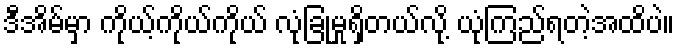
ဒီအိမ်မှာ ကိုယ့်ကိုယ်ကိုယ် လုံခြုံမှုရှိတယ်လို့ ယုံကြည်ရတဲ့အထိပဲ။